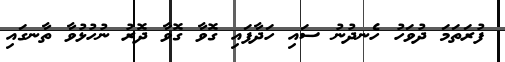
ފުރަތަމަ ދުވަހު ހެނދުނު ސައި ހަދާފައި ގޮވާ ގޮވާ ދޮރު ނުހުޅުވާ ތާނގައި